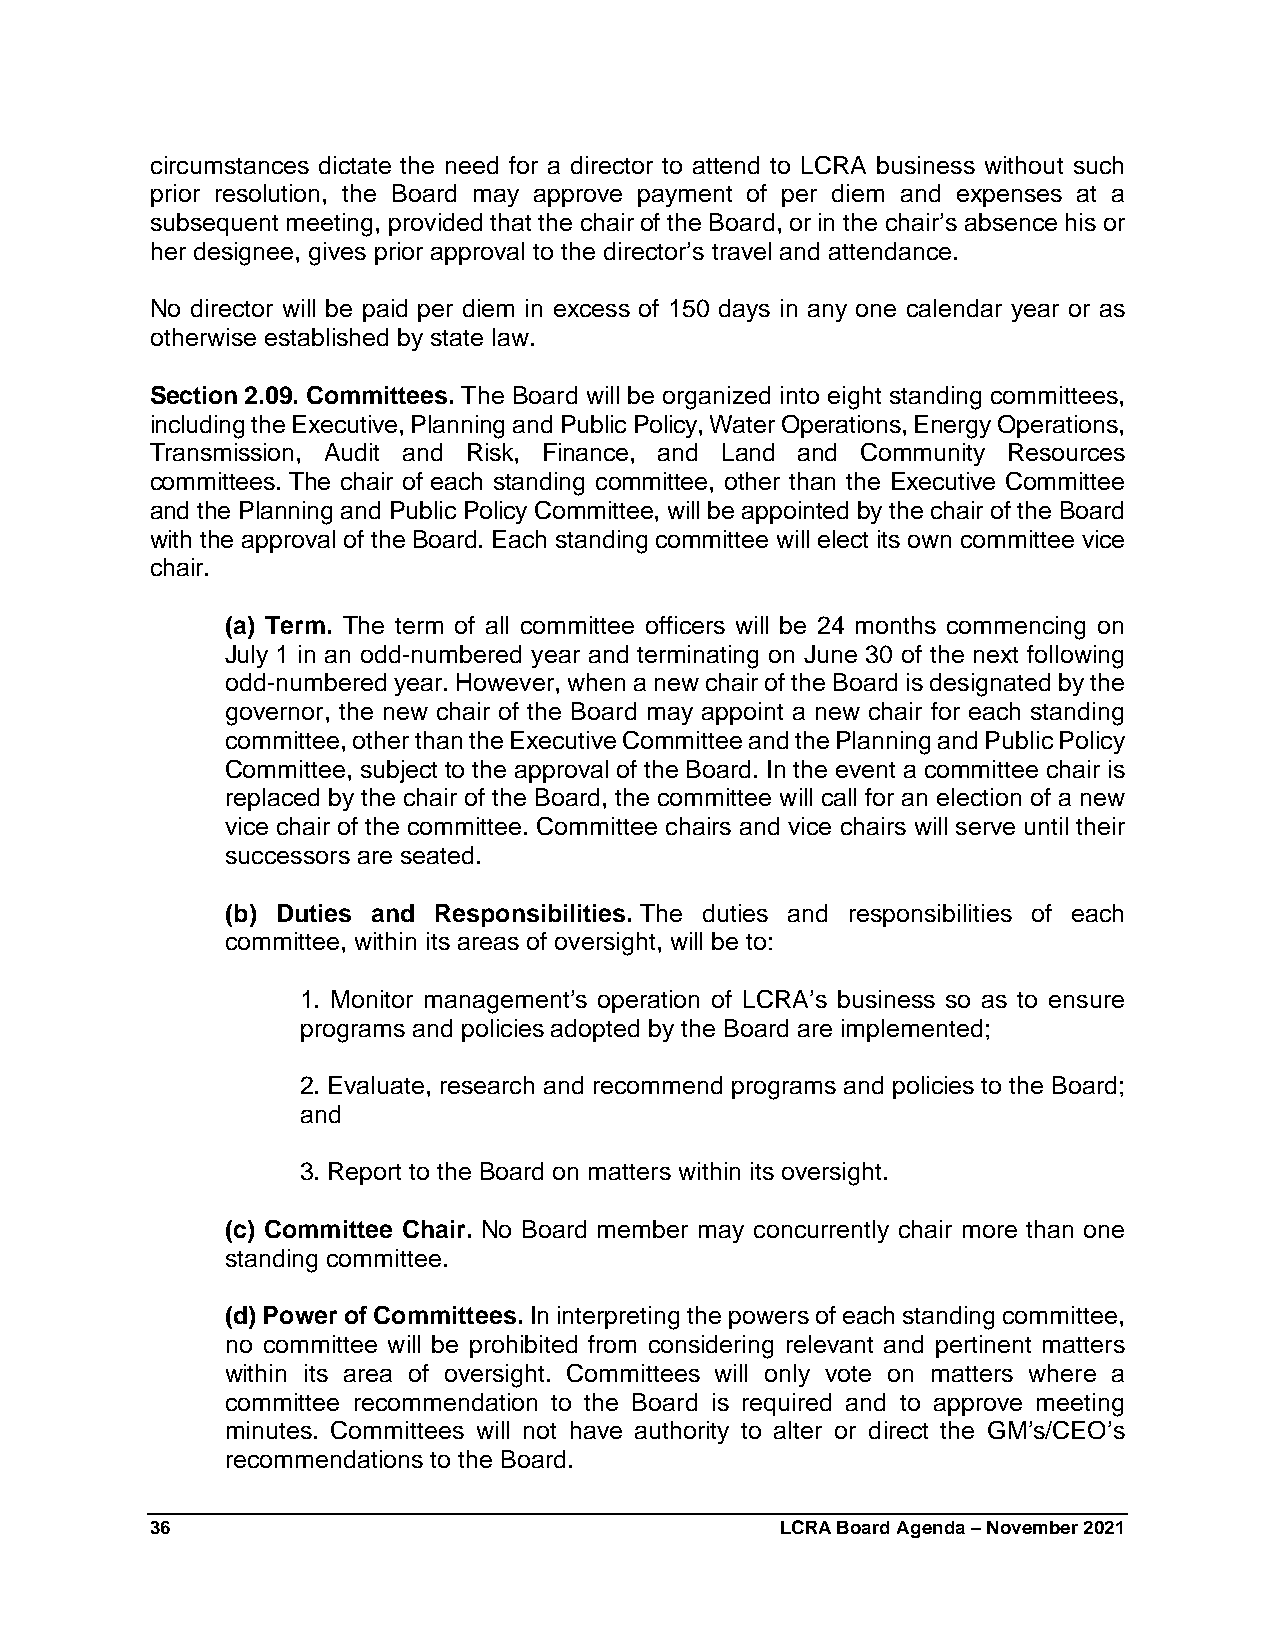
circumstances dictate the need for a director to attend to LCRA business without such
 prior resolution, the Board may approve payment of per diem and expenses at a
 subsequent meeting, provided that the chair of the Board, or in the chair’s absence his or
 her designee, gives prior approval to the director’s travel and attendance.
 No director will be paid per diem in excess of 150 days in any one calendar year or as
 otherwise established by state law.
 Section 2.09. Committees. The Board will be organized into eight standing committees,
 including the Executive, Planning and Public Policy, Water Operations, Energy Operations,
 Transmission, Audit and Risk, Finance, and Land and Community Resources
 committees. The chair of each standing committee, other than the Executive Committee
 and the Planning and Public Policy Committee, will be appointed by the chair of the Board
 with the approval of the Board. Each standing committee will elect its own committee vice
 chair.
 (a) Term. The term of all committee officers will be 24 months commencing on
 July 1 in an odd-numbered year and terminating on June 30 of the next following
 odd-numbered year. However, when a new chair of the Board is designated by the
 governor, the new chair of the Board may appoint a new chair for each standing
 committee, other than the Executive Committee and the Planning and Public Policy
 Committee, subject to the approval of the Board. In the event a committee chair is
 replaced by the chair of the Board, the committee will call for an election of a new
 vice chair of the committee. Committee chairs and vice chairs will serve until their
 successors are seated.
 (b) Duties and Responsibilities. The duties and responsibilities of each
 committee, within its areas of oversight, will be to:
 1. Monitor management’s operation of LCRA’s business so as to ensure
 programs and policies adopted by the Board are implemented;
 2. Evaluate, research and recommend programs and policies to the Board;
 and
 3. Report to the Board on matters within its oversight.
 (c) Committee Chair. No Board member may concurrently chair more than one
 standing committee.
 (d) Power of Committees. In interpreting the powers of each standing committee,
 no committee will be prohibited from considering relevant and pertinent matters
 within its area of oversight. Committees will only vote on matters where a
 committee recommendation to the Board is required and to approve meeting
 minutes. Committees will not have authority to alter or direct the GM’s/CEO’s
 recommendations to the Board.
 36                                        LCRA Board Agenda – November 2021